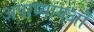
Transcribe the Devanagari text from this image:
अपाध्यायओं